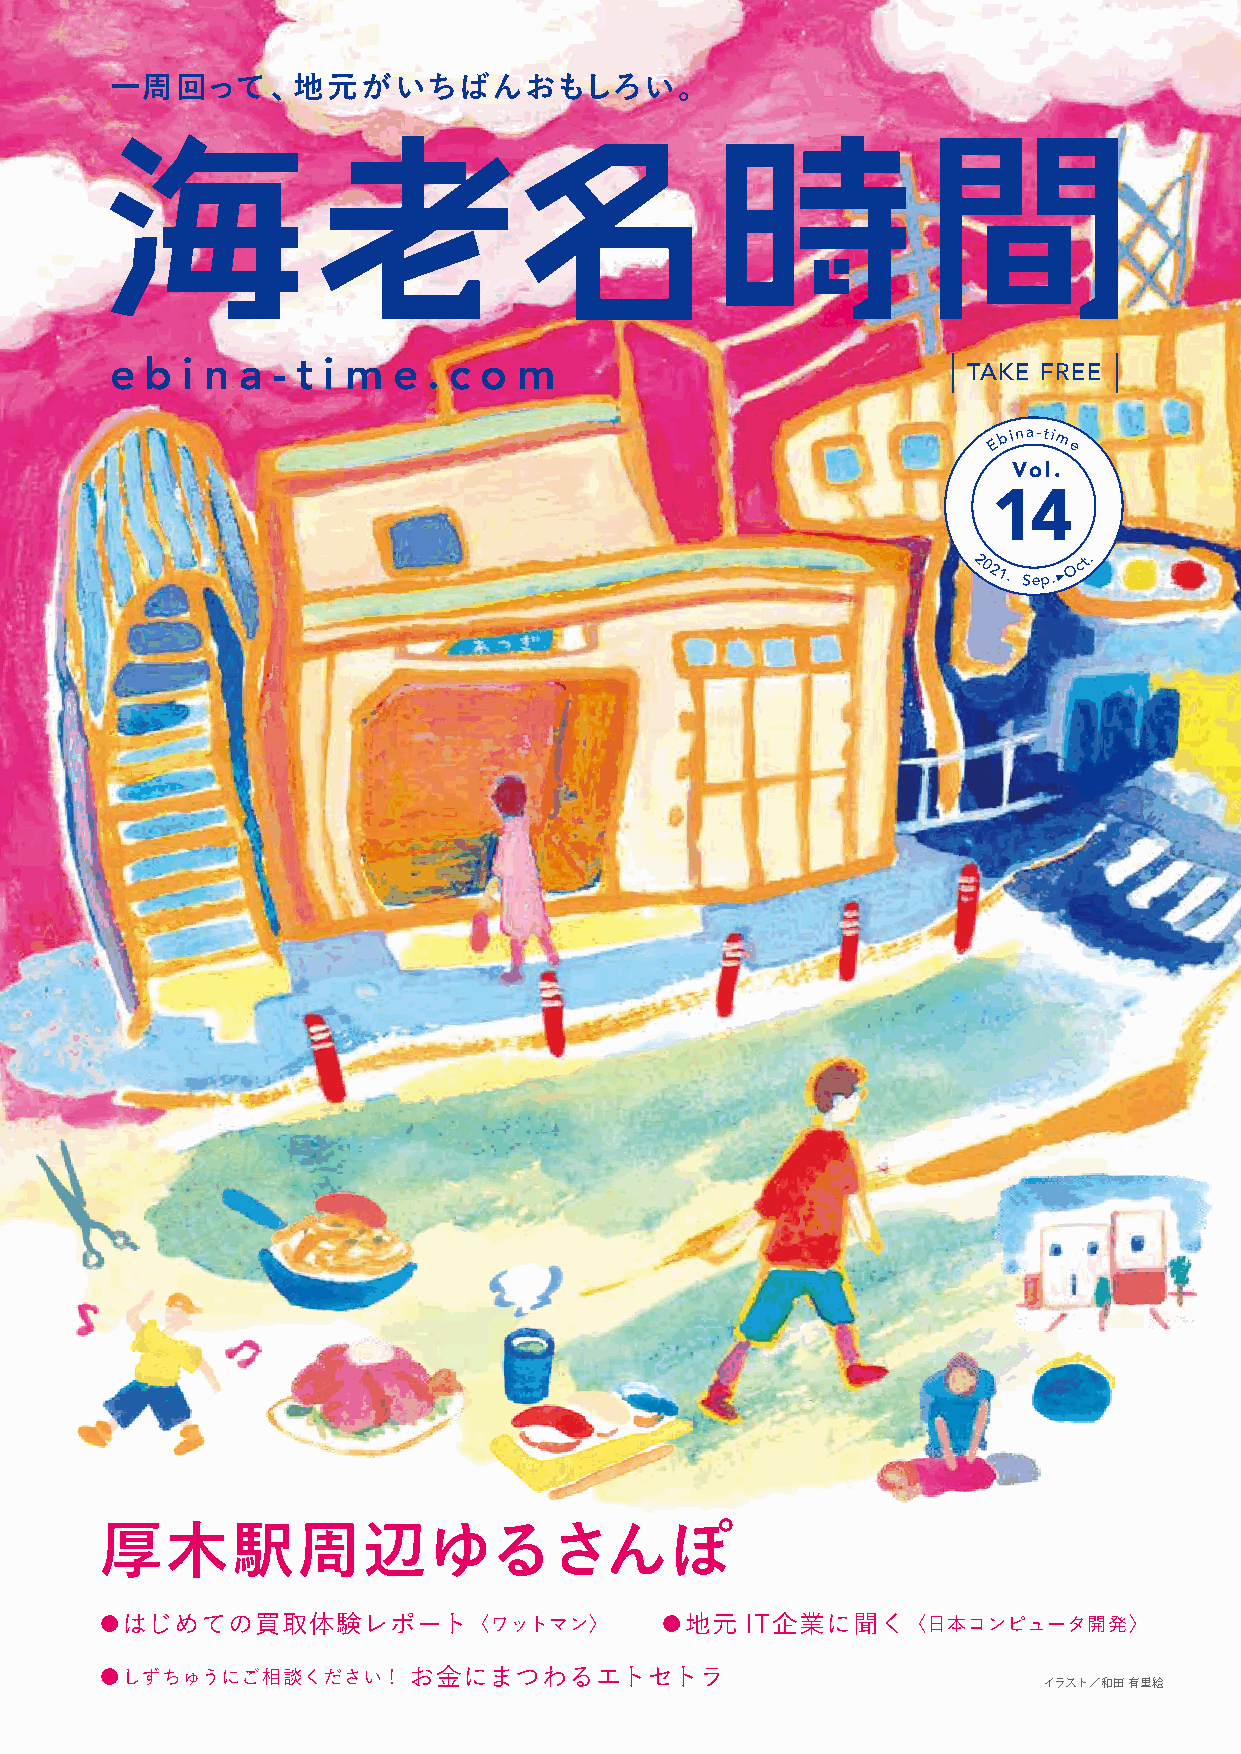
一周回って、地元がいちばんおもしろい。
 e  b i n a - t i m e . c o m                             TAKE FREE
 E b ina-tim e
 Vol.
 14
 2021.
 Sep.▶
 Oct.
 厚木駅周辺ゆるさんぽ
 ●はじめての買取体験レポート          〈ワットマン〉      ●地元  IT企業に聞く    〈日本コンピュータ開発〉
 ●しずちゅうにご相談ください！     お金にまつわるエトセトラ
 イラスト／和田 有里絵